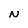
Character: N